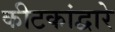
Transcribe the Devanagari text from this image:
कीटकांद्वारे